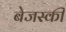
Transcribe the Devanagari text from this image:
बेजस्की